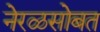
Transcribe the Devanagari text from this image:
नेरळसोबत